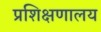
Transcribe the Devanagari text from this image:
प्रशिक्षणालय